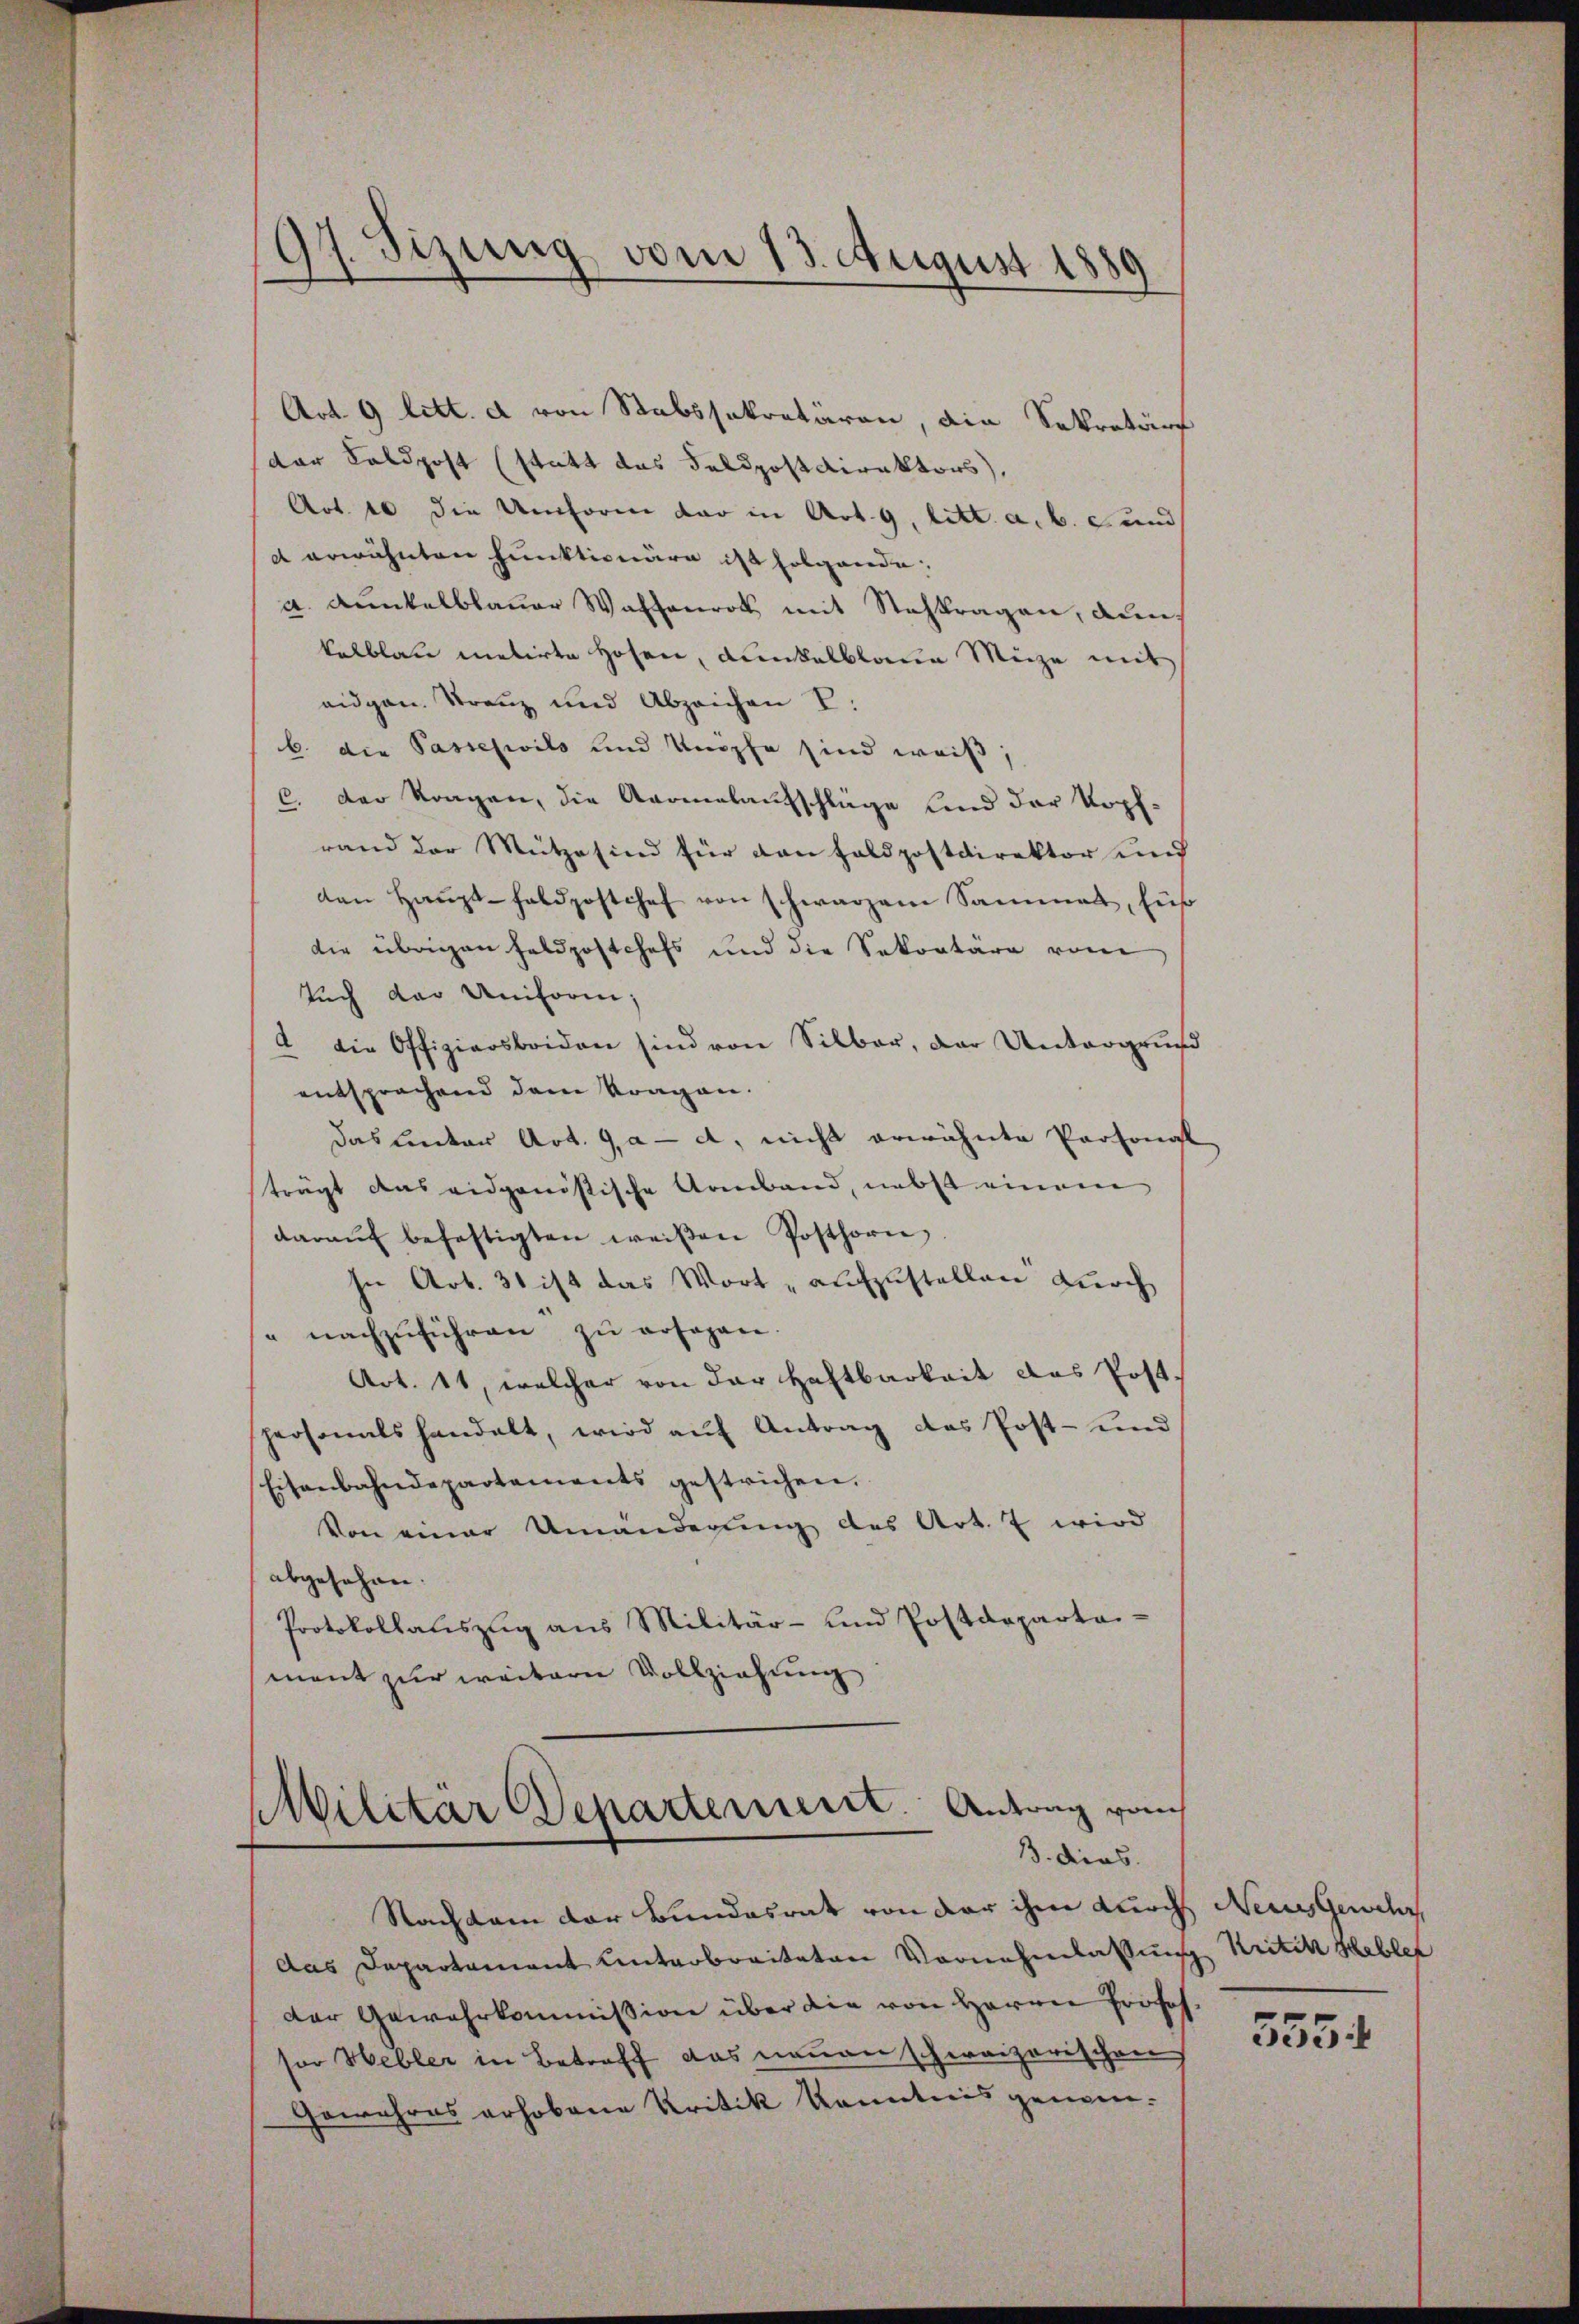
97. Sizung vom 13. August 1889

Art. 9 litt. d von Stabssekretären, die Sekretärs
der Feldpost (statt das FeldpostDirektors),
Art. 10 die Umform dar in Art. 9, litt. a. b. c. und
d erwähnten Funktionäre ist folgende:
a. Kunkelblauer Waffenroth mit Staffragen, au
kelblaue metirte Hosen, dunkelblaue Mize mit
eidgen. Stranz und Abzeichen V
b. die Passesiils und Umophe sind weiß
C. der Kragen, die Anomalaufschläge und der Kopfrand der Mütze sind für dan Feldpostdirektor und
den Haŭpt-Feldpostchef von schwarzem Sammel, Füß
die übrigen Feldpostchefs und die Sekretäre vom
Tuch der Uniforin;
 die Offiziersboiden sind von Silber, der Untergrund
entsprachend dem Kragen.
das unter Art. 9, a - d, nicht erwähnte Personal
trägt das eidgenössische Armband, nebst einem
daraŭf befestigten weißen Posthorn,
In Art. 31 ist das Wort „aufzustellen durch
" nachzuführen zu ersagen.
Art. 11, welcher von der Haftbarkeit das Post-
personals handelt, wird aŭf Antrag das Post- und
Eisenbahndepartements gestrichen.
Von einer Umänderung des Art. 7 wird
abgesehen.
Protokollauszug aus Militär- und Postdeparta-
ment zur weitern Vollziehung

Militär Departement. Antrag vom
3. dies

Nachten der Bundesrat von der ihm durch Neues Gewehr
das Departament Unterbreiteten Vornehmlassung Kritik Heblef
der Gewehrkommission über die von Herrn Fröschsor Webler in Betreff das neuen schweizerischen
Gewahres erhobene Kritik Kenntnis genom¬

555